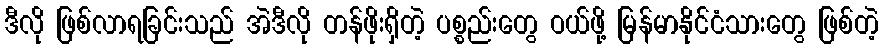
ဒီလို ဖြစ်လာရခြင်းသည် အဲဒီလို တန်ဖိုးရှိတဲ့ ပစ္စည်းတွေ ဝယ်ဖို့ မြန်မာနိုင်ငံသားတွေ ဖြစ်တဲ့